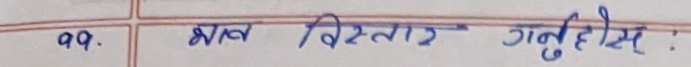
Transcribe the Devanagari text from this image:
११. भाव विस्तार गर्नुहोस :